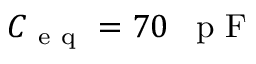
C _ { \mathrm { ~ e ~ q ~ } } = 7 0 \mathrm { ~ \, ~ p ~ F ~ }